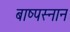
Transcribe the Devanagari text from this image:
बाष्पस्नान